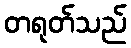
တရုတ်သည်